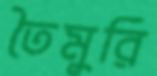
তৈমুরি